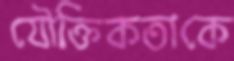
যৌক্তিকতাকে